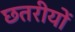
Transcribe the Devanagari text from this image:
छतरीयों